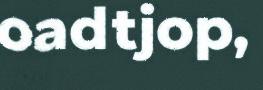
oadtjop,